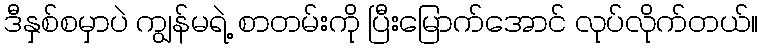
ဒီနှစ်စမှာပဲ ကျွန်မရဲ့ စာတမ်းကို ပြီးမြောက်အောင် လုပ်လိုက်တယ်။